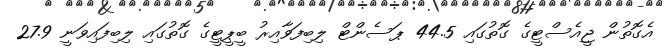
އެގޮތުން ޖީއެސްޓީގެ ގޮތުގައި 44.5 ޕަސެންޓް ލިބިފަވާއިރު ބީޕީޓީގެ ގޮތުގައި ލިބިފައިވަނީ 27.9